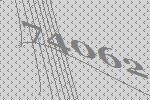
74062